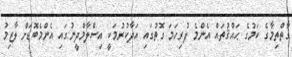
ގާތްތިމާގެ ކަމުގެ ޙައްޤުތައް އެންމެ ފުރިހަމަ ގޮތުގައި އަދާކުރުމަކީ އިސްލާމްދީނުގައި އެންމެބޮޑަށް ލާޒިމު